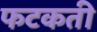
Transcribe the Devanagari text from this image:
फटकती